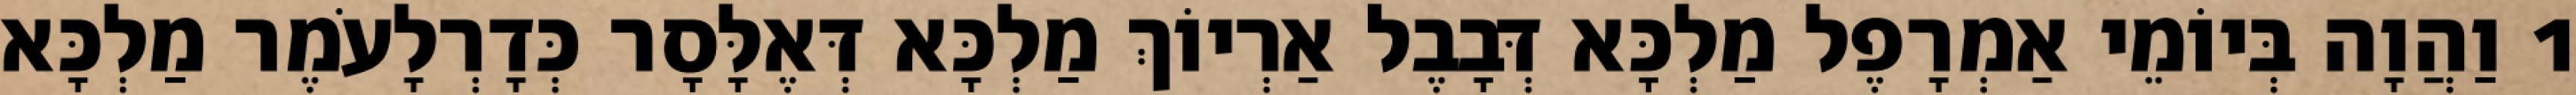
1 וַהֲוָה בְּיוֹמֵי אַמְרָפֶל מַלְכָּא דְּבָבֶל אַרְיוֹךְ מַלְכָּא דְּאֶלָּסָר כְּדָרְלָעֹמֶר מַלְכָּא